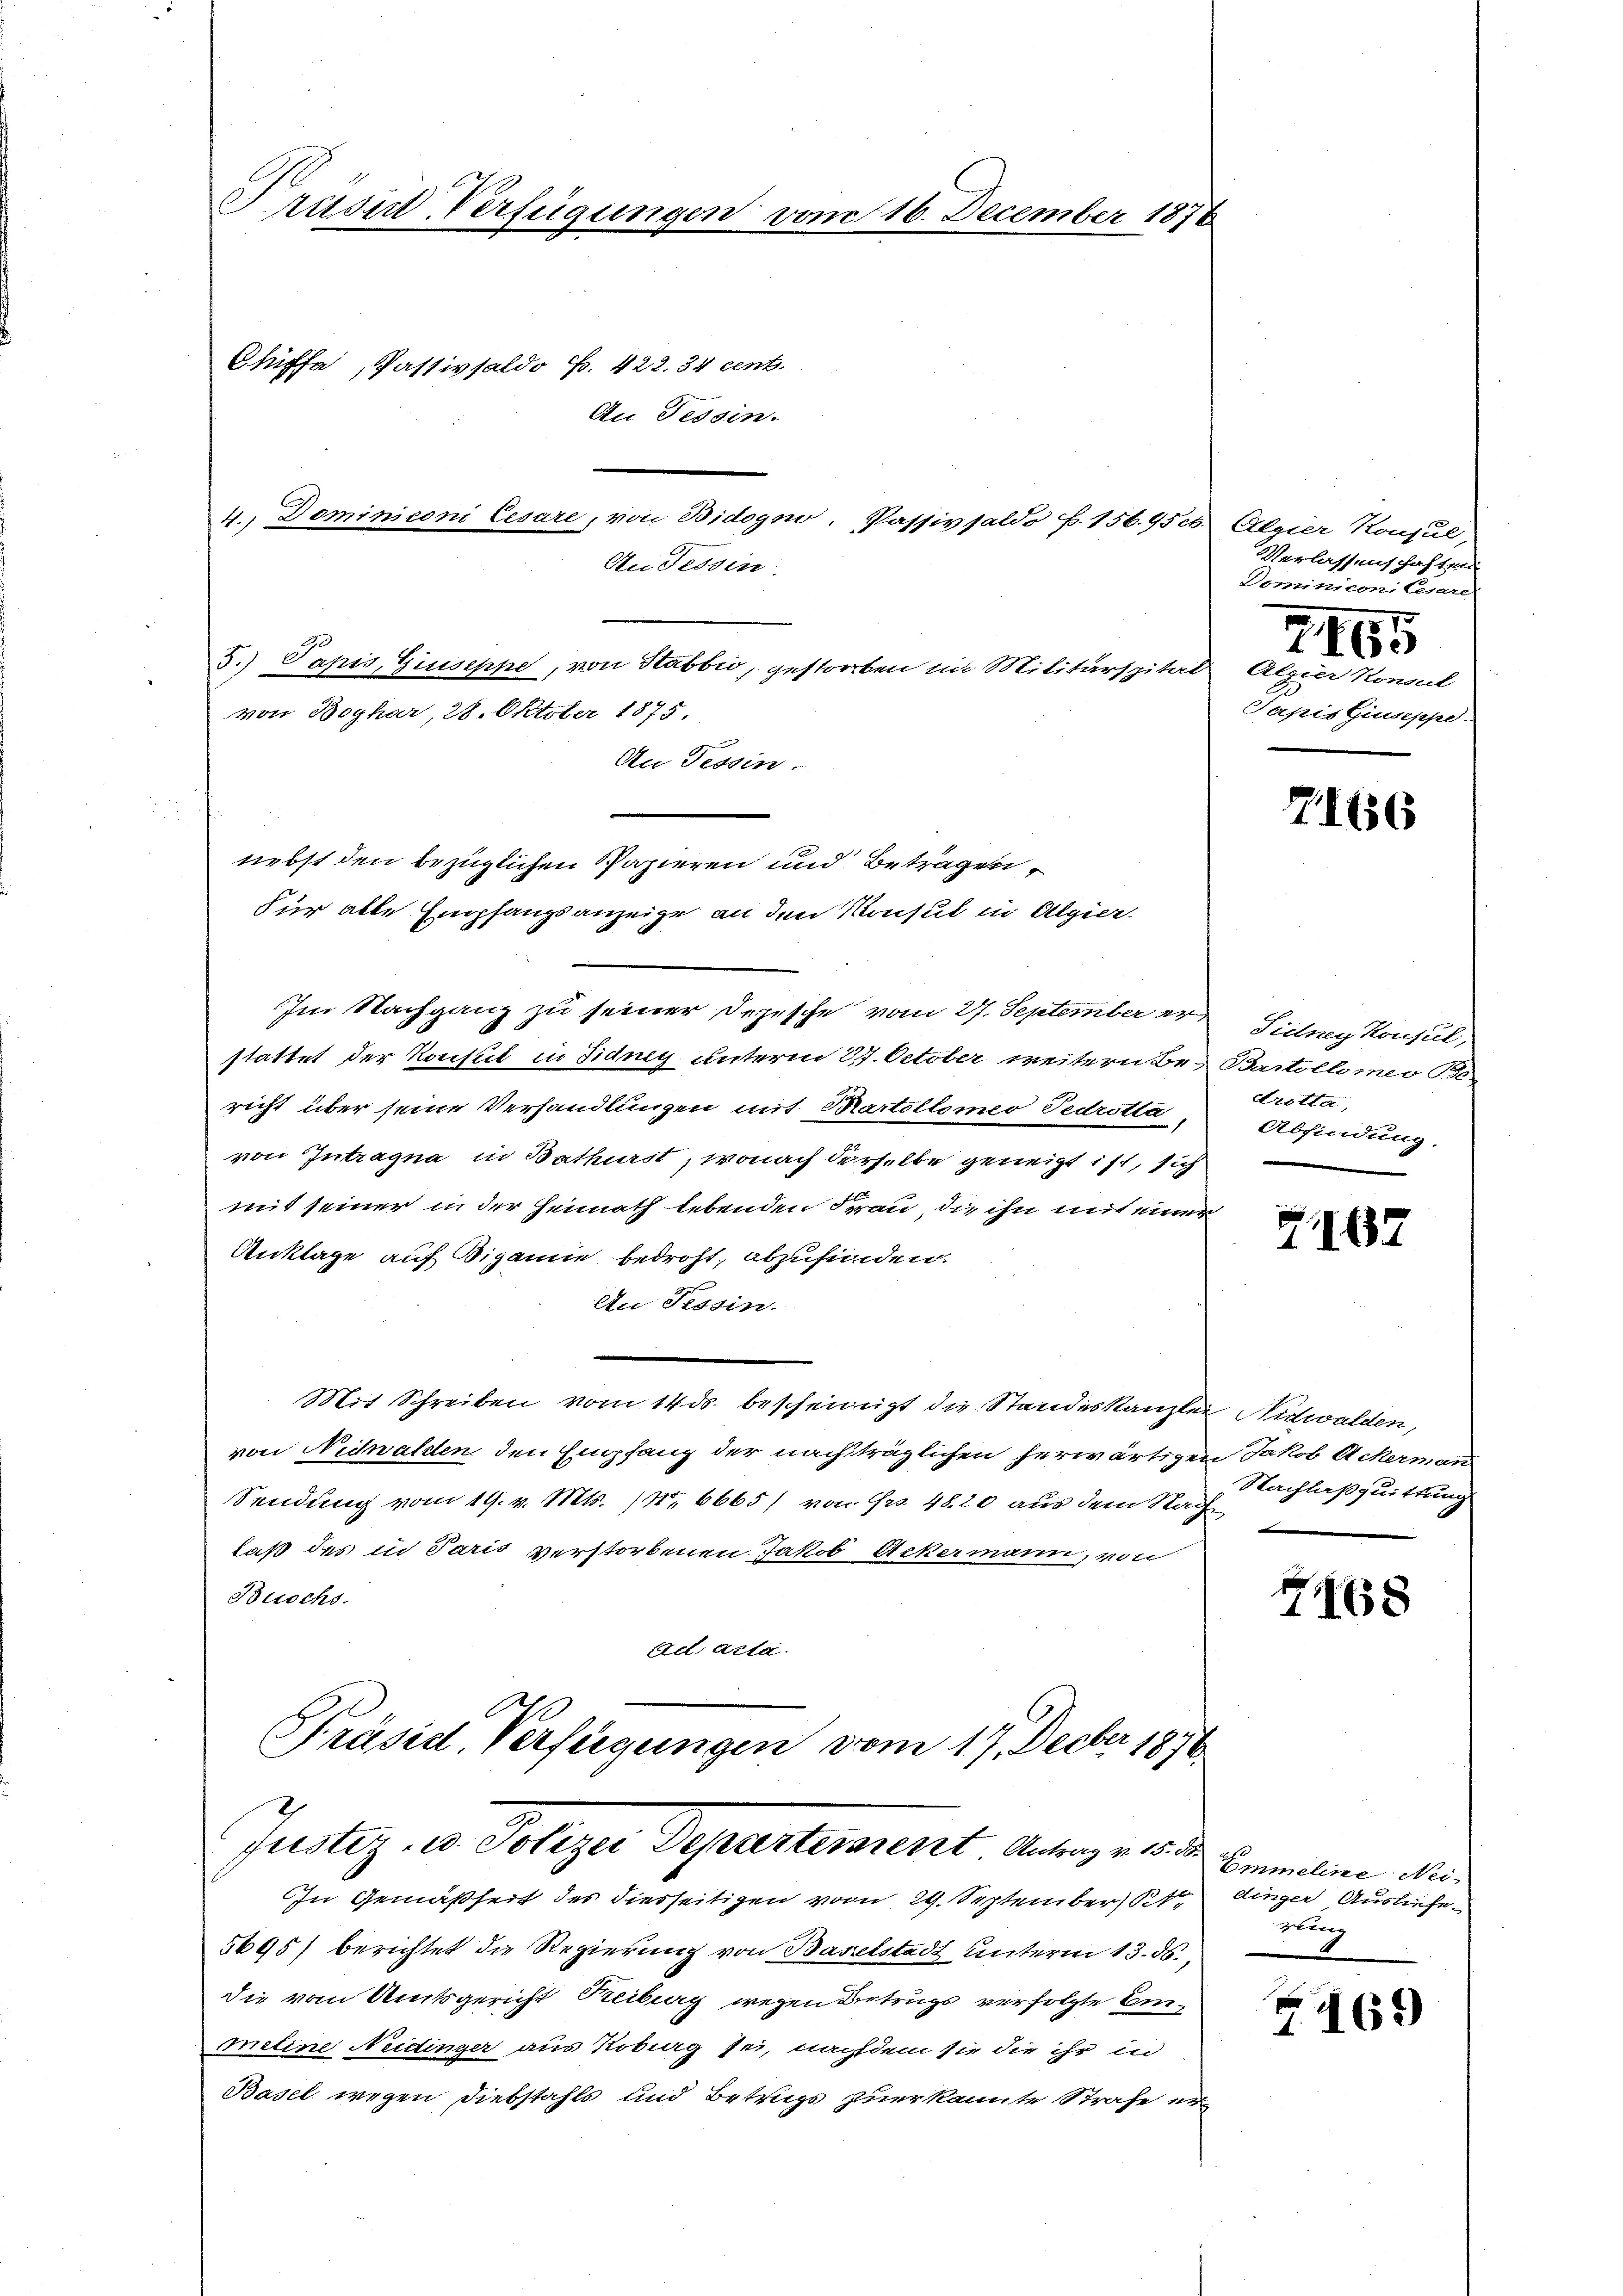
Prüsit Verfügungen vom 16. December 1876

Chiffa, Pastivsaldo f. 422. 34 cent.
An Tessin.
4.) Dominiconi Cesare, von Bidogno, Passivsaldo p. 156. 45 c.
An Tessin
5.) Papis, Giuseppe, von Stabbić, gestorben im Militärspital
von Boghar, 28. Oktober 1875.
An Tessin.
nebst den bezüglichen Papieren und Betragen,
Für alle Empfangsanzeige an den Konsul in Algier.
Im Nachgang zu seiner Depesche vom 27. September er Sidney Konsul,
stattet der Konsul in Sidney unterm 27. October weiterabe, Bartollimeo Be
richt über seine Verhandlungen mit Martolomer Fedrotta
von Intragna in Bathurst, wonach derselbe geneigt ist, sich
mit seiner in der Heimath lebenden Frau, die ihn mit einer
Anklage auf Bigamie bedroht, abzufinden.
An Tessin.
Mit Schreiben vom 14. ds. bescheinigt die Standeskanzlei Nidwalden,
von Nidwalden den Empfang der nachträglichen herwärtigen Jakob Ackerman
Sendung vom 19. v. Mts. (N. 6665/ von Fr. 48. 20 aus dem Nach
laß des in Paris verstorbenen Jakob Ackermann, von
Buochs.
Ad acta.
Präsid. Verfügungen vom 17. Decber 1870

In Gemäßheit des diesseitigen vom 29. September B. dinger Ausliefe¬
5695) berichtet die Regierung von Baselstadt unterm 13. ds.
die vom Amtsgericht Treiburg wegen Betrugs verfolgte Einmeline Neidinger aus Robag sei, nachdem sie die ihr in
Basel wegen Diebstahls und Betrugs zuerkannte Strafe er¬

Justiz- u. Polizer Departerrenzt Antrage de

Algier Konsul,
Verlassenschaften
Deminiconi Cesare

715

Algier Konsul
Sapis Giuseppe

7166

drotta,
Abfindung.
.

7167

Nachlaßquittung

7168

Emmeline Neiung

G. 169